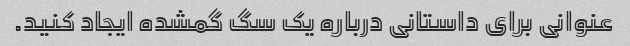
عنوانی برای داستانی درباره یک سگ گمشده ایجاد کنید.